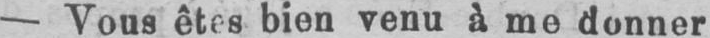
- Vous êtes bien venu à me donner